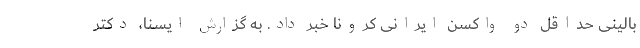
بالینی حداقل دو واکسن ایرانی کرونا خبر داد. به گزارش ایسنا، دکتر